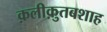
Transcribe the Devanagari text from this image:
क़लीक़ुतबशाह